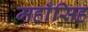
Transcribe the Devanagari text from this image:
महाँसिह